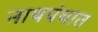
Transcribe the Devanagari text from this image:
नाथपंथात